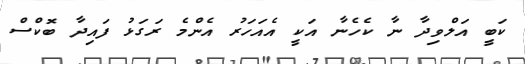
ކަބީ އަލްވިދާ ނާ ކެހެނާ އަކީ އެއަހަރު އެންމެ ރަގަޅު ފައިދާ ބޮކްސް